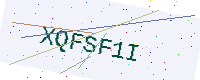
Text: XQFSF1I